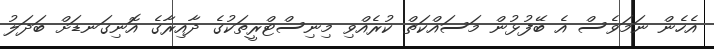
އެހެން ނަމަވެސް އެ ބޭފުޅުން މަސައްކަތް ކުރެއްވި މިނިސްޓްރީތަކުގެ ދާއިރާގެ އޮނިގަނޑަށް ބަދަލު